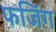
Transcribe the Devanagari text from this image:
फजिंग